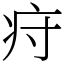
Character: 疛